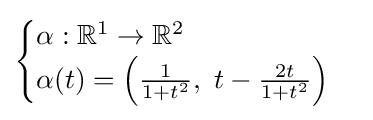
{\begin{cases}\alpha :\mathbb {R} ^{1}\to \mathbb {R} ^{2}\\\alpha (t)=\left({\frac {1}{1+t^{2}}},\ t-{\frac {2t}{1+t^{2}}}\right)\end{cases}}